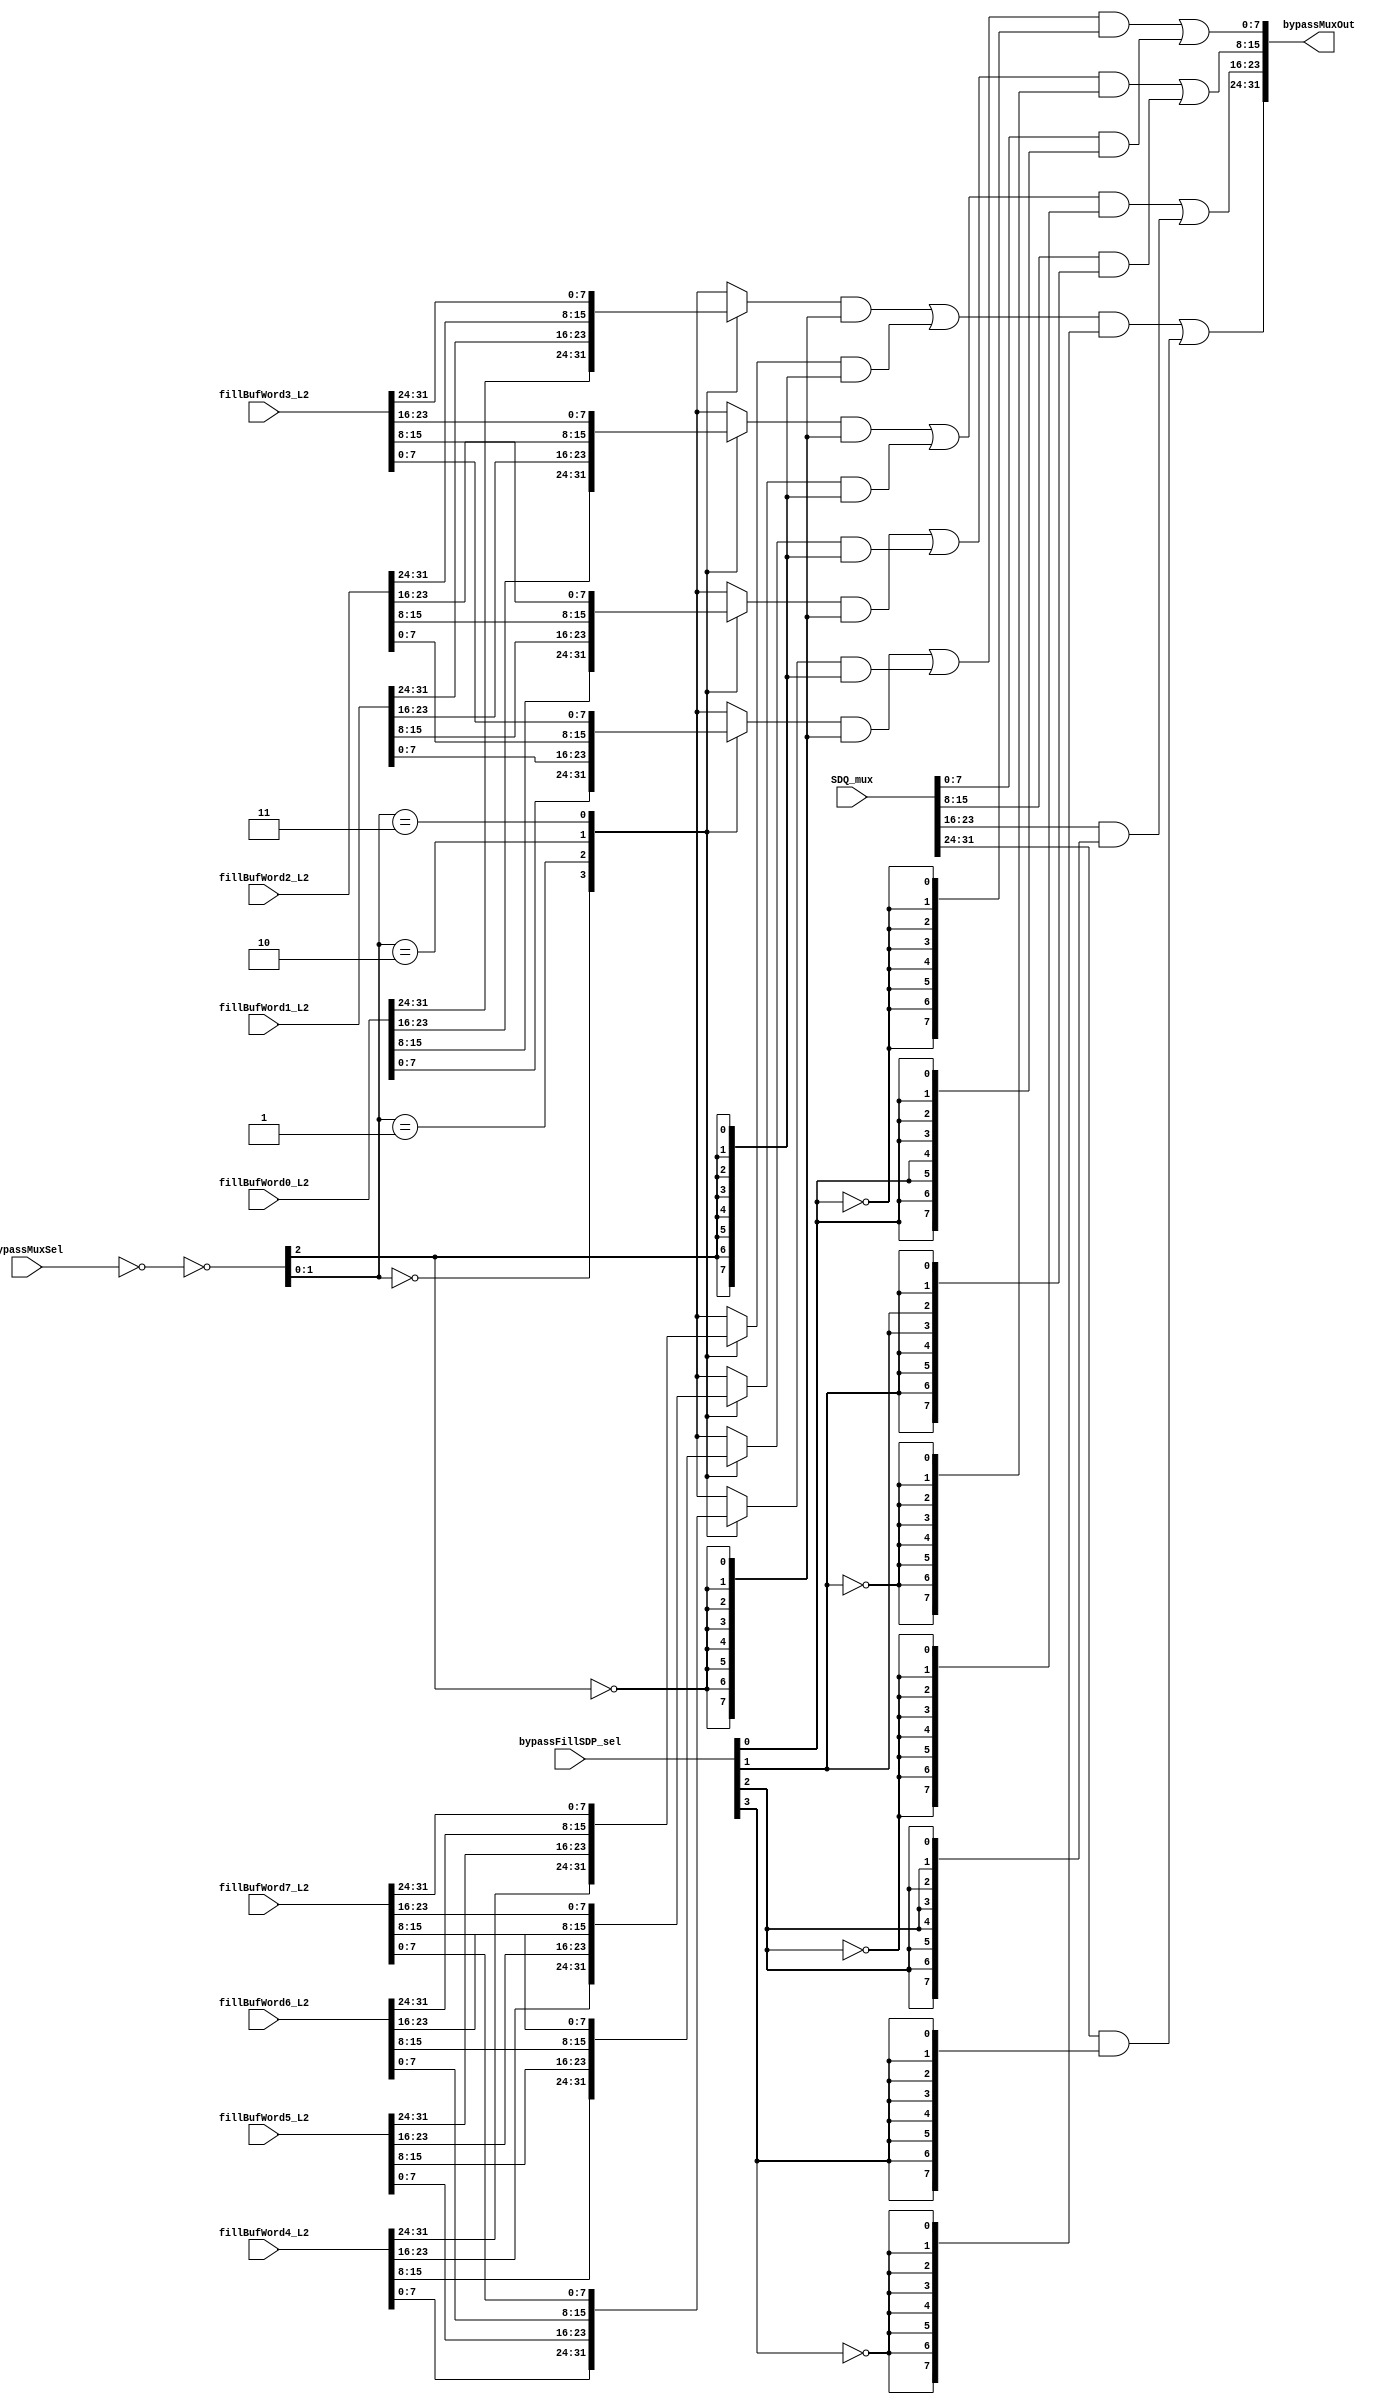
// 
// ************************************************************************** 
// 
//  Copyright (c) International Business Machines Corporation, 2005. 
// 
//  This file contains trade secrets and other proprietary and confidential 
//  information of International Business Machines Corporation which are 
//  protected by copyright and other intellectual property rights and shall 
//  not be reproduced, transferred to other documents, disclosed to others, 
//  or used for any purpose except as specifically authorized in writing by 
//  International Business Machines Corporation. This notice must be 
//  contained as part of this text at all times. 
// 
// ************************************************************************** 
//

module p405s_DCU_fillBufBypass( bypassMuxOut,
                                SDQ_mux,
                                bypassFillSDP_sel,
                                bypassMuxSel,
                                fillBufWord0_L2,
                                fillBufWord1_L2,
                                fillBufWord2_L2,
                                fillBufWord3_L2,
                                fillBufWord4_L2,
                                fillBufWord5_L2,
                                fillBufWord6_L2,
                                fillBufWord7_L2 
                               );

output [0:31]  bypassMuxOut;


input [0:31]  fillBufWord5_L2;
input [0:31]  fillBufWord3_L2;
input [0:2]  bypassMuxSel;
input [0:3]  bypassFillSDP_sel;
input [0:31]  SDQ_mux;
input [0:31]  fillBufWord4_L2;
input [0:31]  fillBufWord6_L2;
input [0:31]  fillBufWord7_L2;
input [0:31]  fillBufWord2_L2;
input [0:31]  fillBufWord1_L2;
input [0:31]  fillBufWord0_L2;

// Buses in the design

reg  [0:7]  fillBypassMux2Byte1;
reg  [0:7]  fillBypassMux2Byte3;
reg  [0:7]  fillBypassMux1Byte2;
reg  [0:7]  fillBypassMux1Byte0;
wire  [0:2]  bypassMuxSelBuf23;
reg  [0:7]  fillBypassMux2Byte2;
reg  [0:7]  fillBypassMux1Byte3;
reg  [0:7]  fillBypassMux2Byte0;
wire  [0:2]  bypassMuxSelBuf01;
wire  [0:31]  fillBufferBypassData;
wire  [0:2]  symNet25;
reg  [0:7]  fillBypassMux1Byte1;


// Removed the module 'dp_logDCU_muxPwr2'
assign bypassMuxSelBuf23[0:2] = ~(symNet25[0:2]);

// Removed the module 'dp_logDCU_muxPwr1'
assign bypassMuxSelBuf01[0:2] = ~(symNet25[0:2]);

// Removed the module 'dp_logDCU_muxPwr0'
assign symNet25[0:2] = ~(bypassMuxSel[0:2]);

// Removed the module 'dp_muxDCU_byPassSDQ3'
assign bypassMuxOut[24:31] = (fillBufferBypassData[24:31] & {(8){~(bypassFillSDP_sel[3])}} ) | (SDQ_mux[24:31] & {(8){bypassFillSDP_sel[3]}} );

// Removed the module 'dp_muxDCU_byPassSDQ2'
assign bypassMuxOut[16:23] = (fillBufferBypassData[16:23] & {(8){~(bypassFillSDP_sel[2])}} ) | (SDQ_mux[16:23] & {(8){bypassFillSDP_sel[2]}} );

// Removed the module 'dp_muxDCU_byPassSDQ1'
assign bypassMuxOut[8:15] = (fillBufferBypassData[8:15] & {(8){~(bypassFillSDP_sel[1])}} ) | (SDQ_mux[8:15] & {(8){bypassFillSDP_sel[1]}} );

// Removed the module 'dp_muxDCU_byPassSDQ0'
assign bypassMuxOut[0:7] = (fillBufferBypassData[0:7] & {(8){~(bypassFillSDP_sel[0])}} ) | ( SDQ_mux[0:7] & {(8){bypassFillSDP_sel[0]}} );

// Removed the module 'dp_muxDCU_fillBypassMux2Byte3'
assign fillBufferBypassData[24:31] = 
      (fillBypassMux1Byte3[0:7] & {(8){~( bypassMuxSelBuf23[0])}} ) | (fillBypassMux2Byte3[0:7] & {(8){bypassMuxSelBuf23[0]}} );

// Removed the module 'dp_muxDCU_fillBypassMux2Byte2'
assign fillBufferBypassData[16:23] = 
      (fillBypassMux1Byte2[0:7] & {(8){~(bypassMuxSelBuf23[0])}} ) | (fillBypassMux2Byte2[0:7] & {(8){bypassMuxSelBuf23[0]}} );

// Removed the module 'dp_muxDCU_fillBypassMux2Byte1'
assign fillBufferBypassData[8:15] = 
      (fillBypassMux1Byte1[0:7] & {(8){~(bypassMuxSelBuf01[0])}} ) | (fillBypassMux2Byte1[0:7] & {(8){bypassMuxSelBuf01[0]}} );

// Removed the module 'dp_muxDCU_fillBypassMux2Byte0'
assign fillBufferBypassData[0:7] = 
      (fillBypassMux1Byte0[0:7] & {(8){~(bypassMuxSelBuf01[0])}} ) | (fillBypassMux2Byte0[0:7] & {(8){bypassMuxSelBuf01[0]}} );

// Removed the module 'dp_muxDCU_fillBypassMuxByte7'
always @(fillBufWord4_L2 or fillBufWord5_L2 or fillBufWord6_L2 or fillBufWord7_L2 or bypassMuxSelBuf23)
    begin                                           
    case({bypassMuxSelBuf23[1], bypassMuxSelBuf23[2]})
     2'b00: fillBypassMux2Byte3[0:7] = fillBufWord4_L2[24:31]; 
     2'b01: fillBypassMux2Byte3[0:7] = fillBufWord5_L2[24:31];    
     2'b10: fillBypassMux2Byte3[0:7] = fillBufWord6_L2[24:31];    
     2'b11: fillBypassMux2Byte3[0:7] = fillBufWord7_L2[24:31];    
      default: fillBypassMux2Byte3[0:7] = 8'bx;        
    endcase                                    
   end

// Removed the module 'dp_muxDCU_fillBypassMuxByte6'
always @(fillBufWord0_L2 or fillBufWord1_L2 or fillBufWord2_L2 or fillBufWord3_L2 or bypassMuxSelBuf23)
    begin                                           
    case({bypassMuxSelBuf23[1], bypassMuxSelBuf23[2]})
     2'b00: fillBypassMux1Byte3[0:7] = fillBufWord0_L2[24:31];    
     2'b01: fillBypassMux1Byte3[0:7] = fillBufWord1_L2[24:31];    
     2'b10: fillBypassMux1Byte3[0:7] = fillBufWord2_L2[24:31];    
     2'b11: fillBypassMux1Byte3[0:7] = fillBufWord3_L2[24:31];    
      default: fillBypassMux1Byte3[0:7] = 8'bx;        
    endcase                                    
   end 

// Removed the module 'dp_muxDCU_fillBypassMuxByte5'
always @(fillBufWord4_L2 or fillBufWord5_L2 or fillBufWord6_L2 or fillBufWord7_L2 or bypassMuxSelBuf23)
    begin                                           
    case({bypassMuxSelBuf23[1], bypassMuxSelBuf23[2]})
     2'b00: fillBypassMux2Byte2[0:7] = fillBufWord4_L2[16:23];    
     2'b01: fillBypassMux2Byte2[0:7] = fillBufWord5_L2[16:23];    
     2'b10: fillBypassMux2Byte2[0:7] = fillBufWord6_L2[16:23];    
     2'b11: fillBypassMux2Byte2[0:7] = fillBufWord7_L2[16:23];    
      default: fillBypassMux2Byte2[0:7] = 8'bx;        
    endcase                                    
   end 

// Removed the module 'dp_muxDCU_fillBypassMuxByte4'
always @(fillBufWord0_L2 or fillBufWord1_L2 or fillBufWord2_L2 or fillBufWord3_L2 or bypassMuxSelBuf23)
    begin                                           
    case({bypassMuxSelBuf23[1], bypassMuxSelBuf23[2]})
     2'b00: fillBypassMux1Byte2[0:7] = fillBufWord0_L2[16:23];    
     2'b01: fillBypassMux1Byte2[0:7] = fillBufWord1_L2[16:23];    
     2'b10: fillBypassMux1Byte2[0:7] = fillBufWord2_L2[16:23];    
     2'b11: fillBypassMux1Byte2[0:7] = fillBufWord3_L2[16:23];    
      default: fillBypassMux1Byte2[0:7] = 8'bx;        
    endcase                                    
   end

// Removed the module 'dp_muxDCU_fillBypassMuxByte3'
always @(fillBufWord4_L2 or fillBufWord5_L2 or fillBufWord6_L2 or fillBufWord7_L2 or bypassMuxSelBuf01)
    begin                                           
    case({bypassMuxSelBuf01[1],bypassMuxSelBuf01[2]})
     2'b00: fillBypassMux2Byte1[0:7] = fillBufWord4_L2[8:15];    
     2'b01: fillBypassMux2Byte1[0:7] = fillBufWord5_L2[8:15];    
     2'b10: fillBypassMux2Byte1[0:7] = fillBufWord6_L2[8:15];    
     2'b11: fillBypassMux2Byte1[0:7] = fillBufWord7_L2[8:15];    
      default: fillBypassMux2Byte1[0:7] = 8'bx;        
    endcase                                    
   end

// Removed the module 'dp_muxDCU_fillBypassMuxByte2'
always @(fillBufWord0_L2 or fillBufWord1_L2 or fillBufWord2_L2 or fillBufWord3_L2 or bypassMuxSelBuf01)
    begin                                           
    case({bypassMuxSelBuf01[1],bypassMuxSelBuf01[2]})
     2'b00: fillBypassMux1Byte1[0:7] = fillBufWord0_L2[8:15]; 
     2'b01: fillBypassMux1Byte1[0:7] = fillBufWord1_L2[8:15];    
     2'b10: fillBypassMux1Byte1[0:7] = fillBufWord2_L2[8:15];    
     2'b11: fillBypassMux1Byte1[0:7] = fillBufWord3_L2[8:15];    
      default: fillBypassMux1Byte1[0:7] = 8'bx;        
    endcase                                    
   end

// Removed the module 'dp_muxDCU_fillBypassMuxByte1'
always @(fillBufWord4_L2 or fillBufWord5_L2 or fillBufWord6_L2 or fillBufWord7_L2 or bypassMuxSelBuf01)
    begin                                           
    case({bypassMuxSelBuf01[1],bypassMuxSelBuf01[2]})
     2'b00: fillBypassMux2Byte0[0:7] = fillBufWord4_L2[0:7]; 
     2'b01: fillBypassMux2Byte0[0:7] = fillBufWord5_L2[0:7];    
     2'b10: fillBypassMux2Byte0[0:7] = fillBufWord6_L2[0:7];    
     2'b11: fillBypassMux2Byte0[0:7] = fillBufWord7_L2[0:7];    
      default: fillBypassMux2Byte0[0:7] = 8'bx;        
    endcase                                    
   end

// Removed the module 'dp_muxDCU_fillBypassMuxByte0'
always @(fillBufWord0_L2 or fillBufWord1_L2 or fillBufWord2_L2 or fillBufWord3_L2 or bypassMuxSelBuf01)
    begin                                           
    case({bypassMuxSelBuf01[1],bypassMuxSelBuf01[2]})
     2'b00: fillBypassMux1Byte0[0:7] = fillBufWord0_L2[0:7]; 
     2'b01: fillBypassMux1Byte0[0:7] = fillBufWord1_L2[0:7];    
     2'b10: fillBypassMux1Byte0[0:7] = fillBufWord2_L2[0:7];    
     2'b11: fillBypassMux1Byte0[0:7] = fillBufWord3_L2[0:7];    
      default: fillBypassMux1Byte0[0:7] = 8'bx;        
    endcase                                    
   end 

endmodule